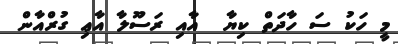
މީ ހަކު ސަ ހާދަތް ކިޔާ  އާއި ރަސޫލާ އާޢި ގުރްއާން